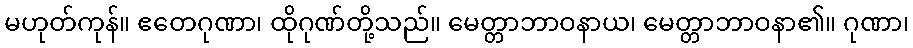
မဟုတ်ကုန်။ ဧတေဂုဏာ၊ ထိုဂုဏ်တို့သည်။ မေတ္တာဘာဝနာယ၊ မေတ္တာဘာဝနာ၏။ ဂုဏာ၊